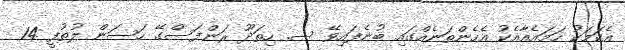
އެކަމަކު ހަމައެއާއެކު އެހެންތަނެއްގައި ބުނެފައިވޭ ސ. ހިތަދޫ ރަންފަސްގޭ ހަސަން ލުތުފީ 14